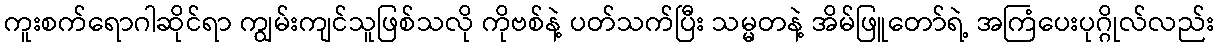
ကူးစက်ရောဂါဆိုင်ရာ ကျွမ်းကျင်သူဖြစ်သလို ကိုဗစ်နဲ့ ပတ်သက်ပြီး သမ္မတနဲ့ အိမ်ဖြူတော်ရဲ့ အကြံပေးပုဂ္ဂိုလ်လည်း